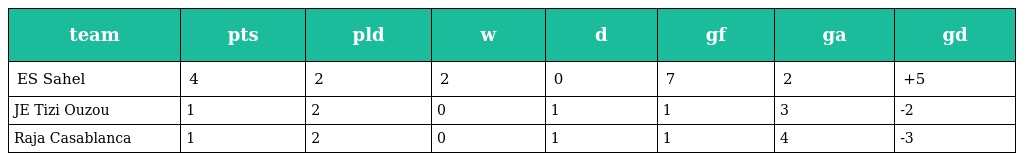
| team | pts | pld | w | d | gf | ga | gd |
 | --- | --- | --- | --- | --- | --- | --- | --- |
 | ES Sahel | 4 | 2 | 2 | 0 | 7 | 2 | +5 |
 | JE Tizi Ouzou | 1 | 2 | 0 | 1 | 1 | 3 | -2 |
 | Raja Casablanca | 1 | 2 | 0 | 1 | 1 | 4 | -3 |